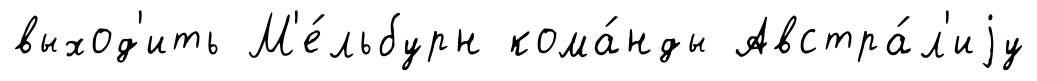
выход'ить М'е́льбурн кома́нды Австра́л'иjу